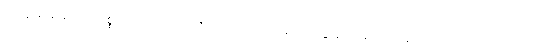
သမ္ဗောဓသုခဿ၊ သစ္စာလေးပါးတရားကို သိတတ်သော မဂ်ကိုရခြင်းငှာဖြစ်သော ချမ်းသာကိုလည်းကောင်း။